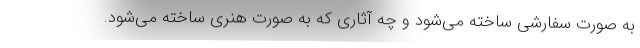
به صورت سفارشی ساخته می‌شود و چه آثاری که به صورت هنری ساخته می‌شود.